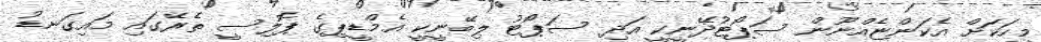
މީހަކަށް އެކަންޏެއްނޫން ސަޕޯޓުދޭނީކީ އަދި ސަޕޯޓު ލިބޭނީކީ އެމްޑީޕިގެ ޕޮލިސީ ތެރޭގައި މައިގަނޑު